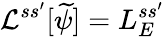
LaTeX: \mathcal{L}^{ss^{\prime}}[\widetilde\psi]=L_{E}^{ss^{\prime}}